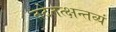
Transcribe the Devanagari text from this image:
तदेतत्क्षन्तव्यं